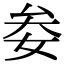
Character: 𡜀